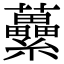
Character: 虆